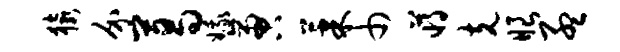
猿介葛娥啻果巾蒋克眼孟